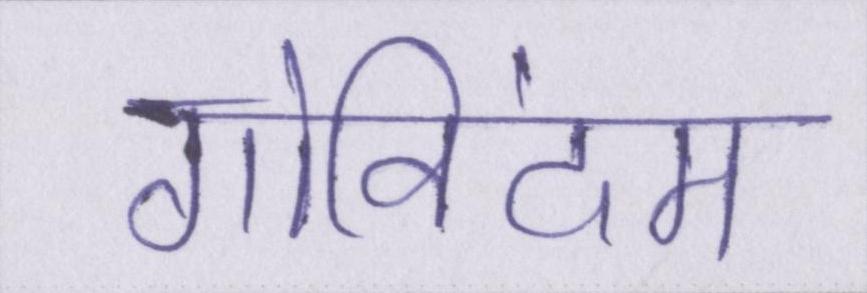
गोविंदम